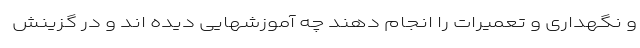
و نگهداری و تعمیرات را انجام دهند چه آموزشهایی دیده اند و در گزینش